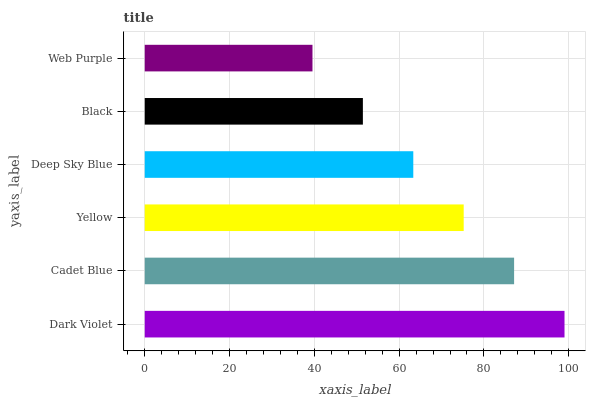
| yaxis_label | bars |
 | --- | --- |
 | Dark Violet | 99 |
 | Cadet Blue | 87.1 |
 | Yellow | 75.2 |
 | Deep Sky Blue | 63.3 |
 | Black | 51.4 |
 | Web Purple | 39.6 |